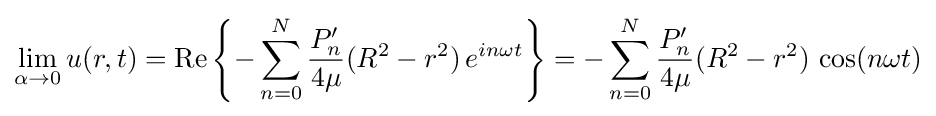
\lim _{\alpha \to 0}u(r,t)=\mathrm {Re} \left\{-\sum _{n=0}^{N}{\frac {P'_{n}}{4\mu }}(R^{2}-r^{2})\,e^{in\omega t}\right\}=-\sum _{n=0}^{N}{\frac {P'_{n}}{4\mu }}(R^{2}-r^{2})\,\cos(n\omega t)